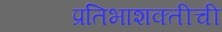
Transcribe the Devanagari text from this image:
प्रतिभाशक्तीची